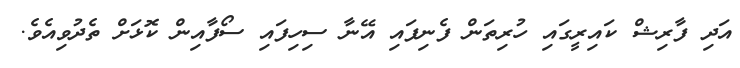
އަދި ފާރިޝް ކައިރީގައި ހުރިތަން ފެނިފައި އޭނާ ސިހިފައި ސޯފާއިން ކޮޅަށް ތެދުވިއެވެ.